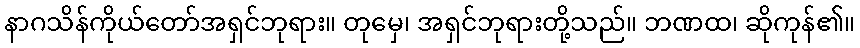
နာဂသိန်ကိုယ်တော်အရှင်ဘုရား။ တုမှေ၊ အရှင်ဘုရားတို့သည်။ ဘဏထ၊ ဆိုကုန်၏။